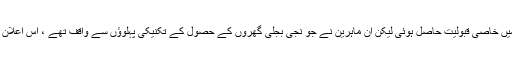
وفاقی وزیر پانی و بجلی کے اس اعلان کو فوری طور پر عوامی حلقوں میں خاصی قبولیت حاصل ہوئی لیکن ان ماہرین نے جو نجی بجلی گھروں کے حصول کے تکنیکی پہلوؤں سے واقف تھے ، اس اعلان کے قابل عمل ہونے کے بارے میں اپنے شکوک کا اظہار شروع کر دیا۔